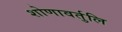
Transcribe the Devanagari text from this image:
शोणावर्तुलि